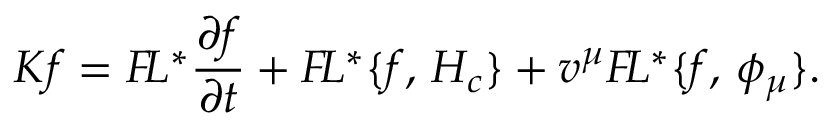
K f = { \cal F } \! L ^ { * } { \frac { \partial f } { \partial t } } + { \cal F } \! L ^ { * } \{ f , \, H _ { c } \} + v ^ { \mu } { \cal F } \! L ^ { * } \{ f , \, \phi _ { \mu } \} . \,